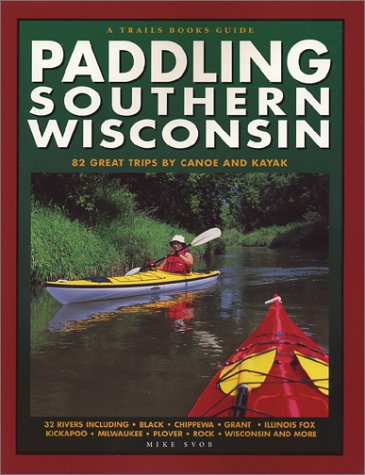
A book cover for Paddling Southern Wisconsin : 82 Great Trips By Canoe & Kayak (Trails Books Guide); Mike Svob; Travel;